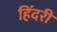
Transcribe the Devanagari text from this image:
हिंदरी